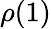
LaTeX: \rho(1)